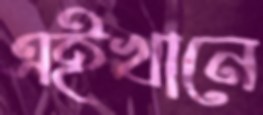
এইখানে